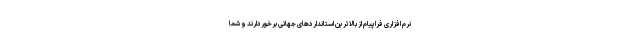
نرم افزاری فراپیام از بالاترین استانداردهای جهانی برخوردارند و شما